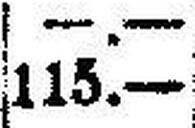
113.—